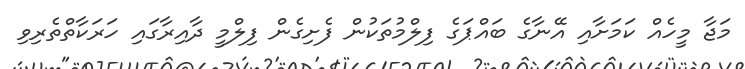
މަޖާ މީހެއް ކަމަށާއި އޭނާގެ ބައްޕަގެ ފިލްމުތަކުން ފެށިގެން ފިލްމީ ދާއިރާގައި ހަރަކާތްތެރިވި